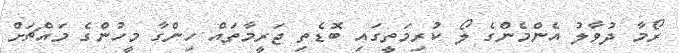
ރޯމާ ދުވާލު އެންމެންގެ ލޯ ކުރިމަތީގައި ބޮޑެތި ޖަރީމާތައް ހިންގާ މީހުންގެ މައްޗަށް